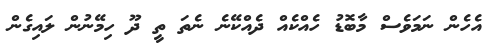
އެހެން ނަމަވެސް މާބޮޑު ހެއްކެއް ދެއްކޭނެ ނެތަ ތީ ދޫ ހިމޭނުން ލައިގެން